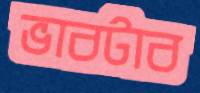
ভাবটাব